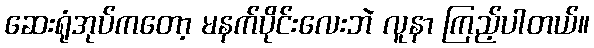
ဆေးရုံအုပ်ကတော့ မနက်ပိုင်းလေးဘဲ လူနာ ကြည့်ပါတယ်။